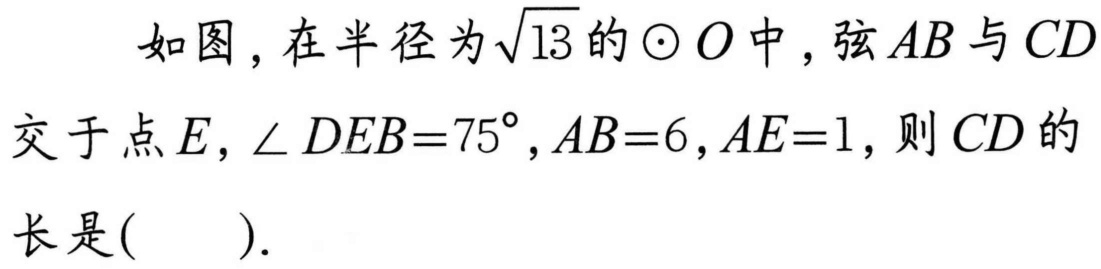
如图，在半径为\(\sqrt{13}\)的\(\odot O\)中，弦\(AB\)与\(CD\)交于点\(E\)，\(\angle DEB = 75^{\circ}\)，\(AB = 6\)，\(AE = 1\)，则\(CD\)的长是( ).